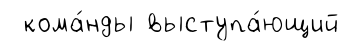
кома́нды выступа́ющий